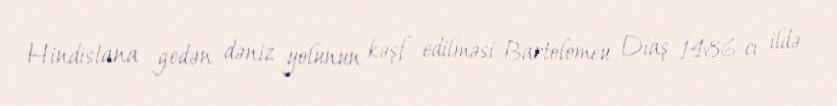
Hindistana gedən dəniz yolunun kəşf edilməsi Bartolomeu Diaş 1486-cı ildə